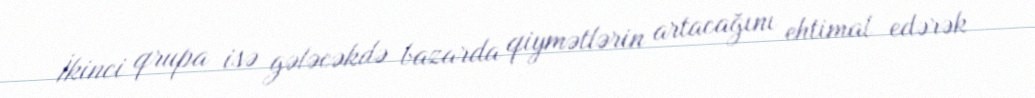
İkinci qrupa isə gələcəkdə bazarda qiymətlərin artacağını ehtimal edərək